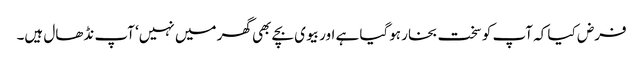
فرض کیا کہ آپ کو سخت بخار ہوگیا ہے اور بیوی بچے بھی گھر میں نہیں‘ آپ نڈھال ہیں۔